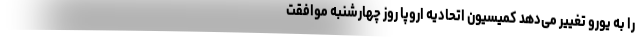
را به یورو تغییر می‌دهد کمیسیون اتحادیه اروپا روز چهارشنبه موافقت